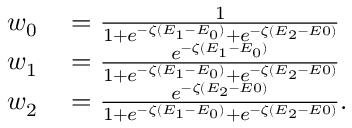
\begin{array} { r l } { w _ { 0 } } & { { } = \frac { 1 } { 1 + e ^ { - \zeta ( E _ { 1 } - E _ { 0 } ) } + e ^ { - \zeta ( E _ { 2 } - E 0 ) } } } \\ { w _ { 1 } } & { { } = \frac { e ^ { - \zeta ( E _ { 1 } - E _ { 0 } ) } } { 1 + e ^ { - \zeta ( E _ { 1 } - E _ { 0 } ) } + e ^ { - \zeta ( E _ { 2 } - E 0 ) } } } \\ { w _ { 2 } } & { { } = \frac { e ^ { - \zeta ( E _ { 2 } - E 0 ) } } { 1 + e ^ { - \zeta ( E _ { 1 } - E _ { 0 } ) } + e ^ { - \zeta ( E _ { 2 } - E 0 ) } } . } \end{array}